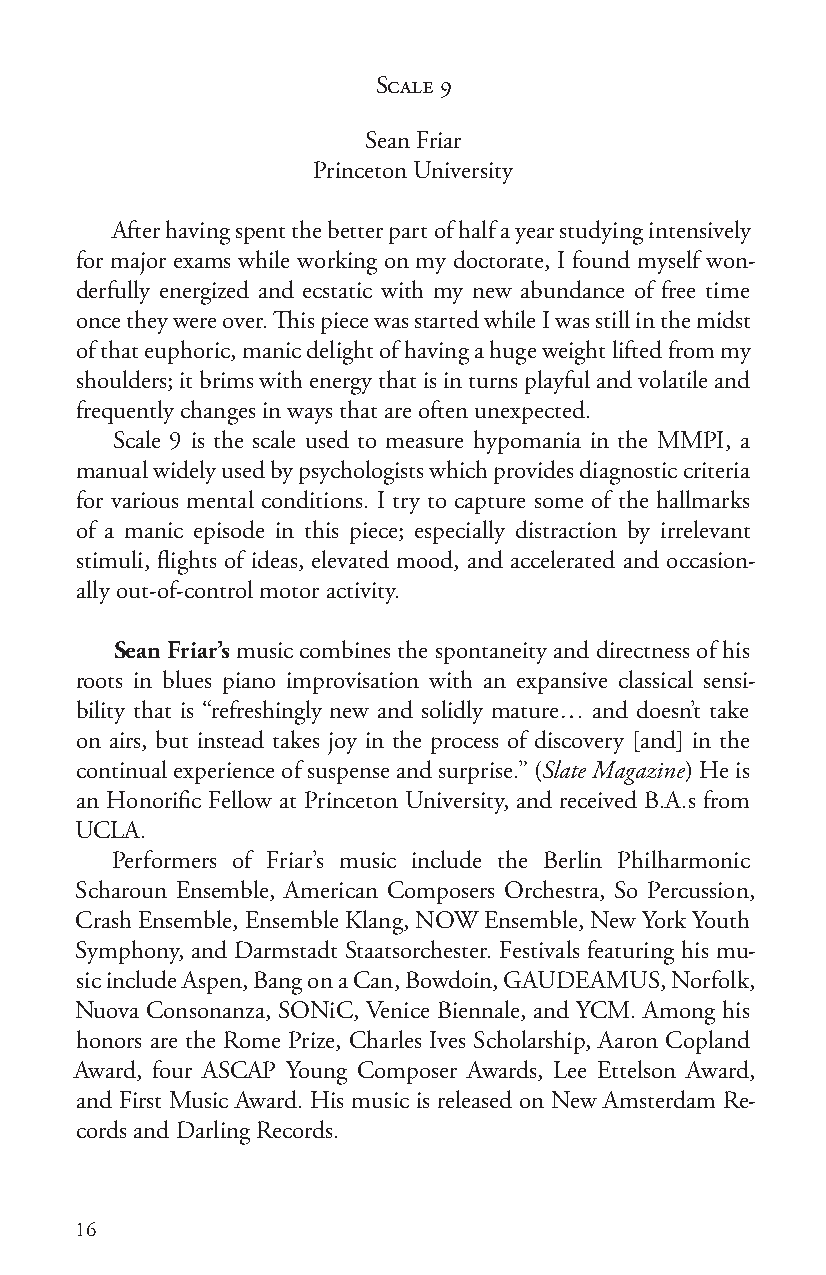
Scale 9
 Sean Friar
 Princeton University
 After having spent the better part of half a year studying intensively
 for major exams while working on my doctorate, I found myself won-
 derfully energized and ecstatic with my new abundance of free time
 once they were over. This piece was started while I was still in the midst
 of that euphoric, manic delight of having a huge weight lifted from my
 shoulders; it brims with energy that is in turns playful and volatile and
 frequently changes in ways that are often unexpected.
 Scale 9 is the scale used to measure hypomania in the MMPI, a
 manual widely used by psychologists which provides diagnostic criteria
 for various mental conditions. I try to capture some of the hallmarks
 of a manic episode in this piece; especially distraction by irrelevant
 stimuli, flights of ideas, elevated mood, and accelerated and occasion-
 ally out-of-control motor activity.
 Sean Friar’s music combines the spontaneity and directness of his
 roots in blues piano improvisation with an expansive classical sensi-
 bility that is “refreshingly new and solidly mature… and doesn’t take
 on airs, but instead takes joy in the process of discovery [and] in the
 continual experience of suspense and surprise.” (Slate Magazine) He is
 an Honorific Fellow at Princeton University, and received B.A.s from
 UCLA.
 Performers of Friar’s music include the Berlin Philharmonic
 Scharoun Ensemble, American Composers Orchestra, So Percussion,
 Crash Ensemble, Ensemble Klang, NOW Ensemble, New York Youth
 Symphony, and Darmstadt Staatsorchester. Festivals featuring his mu-
 sic include Aspen, Bang on a Can, Bowdoin, GAUDEAMUS, Norfolk,
 Nuova Consonanza, SONiC, Venice Biennale, and YCM. Among his
 honors are the Rome Prize, Charles Ives Scholarship, Aaron Copland
 Award, four ASCAP Young Composer Awards, Lee Ettelson Award,
 and First Music Award. His music is released on New Amsterdam Re-
 cords and Darling Records.
 16